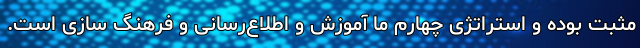
مثبت بوده و استراتژی چهارم ما آموزش و اطلاع‌رسانی و فرهنگ سازی است.